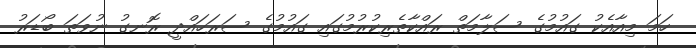
ހަމަ މިއާއެކު ގައުމުގެ ސަލާމަތް ރައްކާތެރިކުރުމުގައި ގައުމުގެ ސަރަހައްދީ ރޮނގު ނުވަތަ ބޯޑަރު